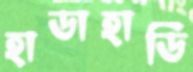
হাডাহাডি